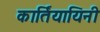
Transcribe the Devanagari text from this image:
कार्तियायिनी